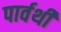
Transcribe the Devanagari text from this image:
पार्वथी